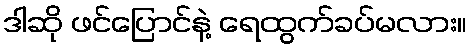
ဒါဆို ဖင်ပြောင်နဲ့ ရေထွက်ခပ်မလား။